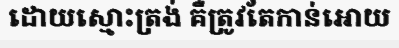
ដោយស្មោះត្រង់ គឺត្រូវតែកាន់អោយ